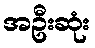
အဦးဆုံး